Indian journal of veterinary science and animal husbandry - Volume 14,
Year: 1944
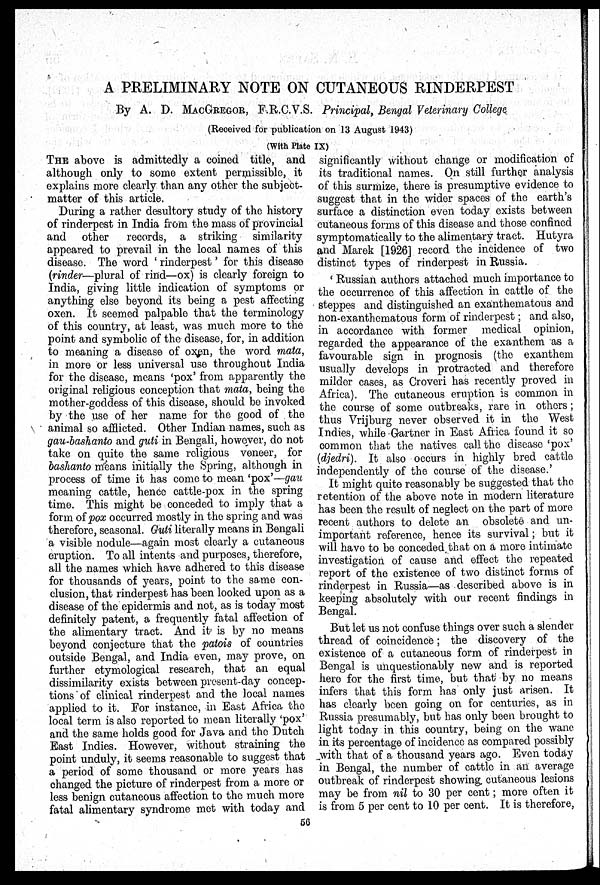
A PRELIMINARY NOTE ON CUTANEOUS RINDERPEST
By A. D. MACGREGOR, F.R.C.V.S. Principal, Bengal Veterinary College
(Received for publication on 13 August 1943)
(With Plate IX)
THE above is admittedly a coined title, and
although only to some extent permissible, it
explains more clearly than any other the subject-
matter of this article.
During a rather desultory study of the history
of rinderpest in India from the mass of provincial
and other
records, a striking similarity
appeared to prevail in the local names of this
disease. The word ' rinderpest ' for this disease
(rinder—plural of rind—ox) is clearly foreign to
India, giving little indication of symptoms or
anything else beyond its being a pest affecting
oxen. It seemed palpable that the terminology
of this country, at least, was much more to the
point and symbolic of the disease, for, in addition
to meaning a disease of oxen, the word mata,
in more or less universal use throughout India
for the disease, means 'pox' from apparently the
original religious conception that mata, being the
mother-goddess of this disease, should be invoked
by the use of her name for the good of the
animal so afflicted. Other Indian names, such as
gau-bashanto and guti in Bengali, however, do not
take on quite the same religious veneer, for
bashanto means initially the Spring, although in
process of time it has come to mean 'pox'—gau
meaning cattle, hence cattle-pox in the spring
time. This might be conceded to imply that a
form of pox occurred mostly in the spring and was
therefore, seasonal. Guti literally means in Bengali
a visible nodule—again most clearly a cutaneous
eruption. To all intents and purposes, therefore,
all the names which have adhered to this disease
for thousands of years, point to the same con-
clusion, that rinderpest has been looked upon as a
disease of the epidermis and not, as is today most
definitely patent, a frequently fatal affection of
the alimentary tract. And it is by no means
beyond conjecture that the patois of countries
outside Bengal, and India even, may prove, on
further etymological research, that an equal
dissimilarity exists between present-day concep-
tions of clinical rinderpest and the local names
applied to it. For instance, in East Africa the
local term is also reported to mean literally 'pox'
and the same holds good for Java and the Dutch
East Indies. However, without straining the
point unduly, it seems reasonable to suggest that
a period of some thousand or more years has
changed the picture of rinderpest from a more or
less benign cutaneous affection to the much more
fatal alimentary syndrome met with today and
significantly without change or modification of
its traditional names. On still further analysis
of this surmize, there is presumptive evidence to
suggest that in the wider spaces of the earth's
surface a distinction even today exists between
cutaneous forms of this disease and those confined
symptomatically to the alimentary tract. Hutyra
and Marek [1926] record the incidence of two
distinct types of rinderpest in Russia.
' Russian authors attached much importance to
the occurrence of this affection in cattle of the
steppes and distinguished an exanthematous and
non-exanthematous form of rinderpest ; and also,
in accordance with former medical opinion,
regarded the appearance of the exanthem as a
favourable sign in prognosis (the exanthem
usually develops in protracted and therefore
milder cases, as Croveri has recently proved in
Africa). The cutaneous eruption is common in
the course of some outbreaks, rare in others;
thus Vrijburg never observed it in the West
Indies, while Gartner in East Africa found it so
common that the natives call the disease 'pox'
(djedri). It also occurs in highly bred cattle
independently of the course of the disease.'
It might quite reasonably be suggested that the
retention of the above note in modern literature
has been the result of neglect on the part of more
recent authors to delete an obsolete and un-
important reference, hence its survival; but it
will have to be conceded that on a more intimate
investigation of cause and effect the repeated
report of the existence of two distinct forms of
rinderpest in Russia—as described above is in
keeping absolutely with our recent findings in
Bengal.
But let us not confuse things over such a slender
thread of coincidence ; the discovery of the
existence of a cutaneous form of rinderpest in
Bengal is unquestionably new and is reported
here for the first time, but that by no means
infers that this form has only just arisen. It
has clearly been going on for centuries, as in
Russia presumably, but has only been brought to
light today in this country, being on the wane
in its percentage of incidence as compared possibly
with that of a thousand years ago. Even today
in Bengal, the number of cattle in an average
outbreak of rinderpest showing cutaneous lesions
may be from nil to 30 per cent; more often it
is from 5 per cent to 10 per cent. It is therefore,
56